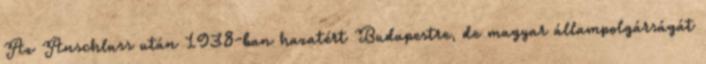
Az Anschluss után 1938-ban hazatért Budapestre, de magyar állampolgárságát